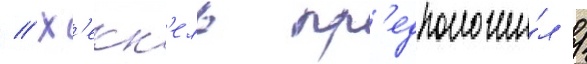
// Х'екк'ель пр'едположи́л /